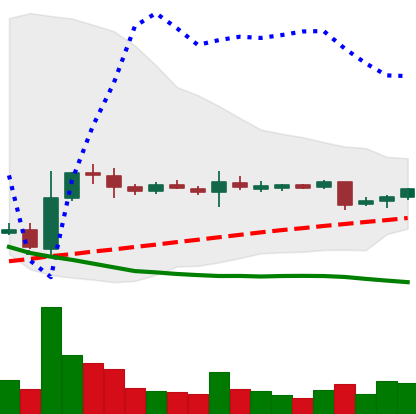
Ticker: XRP-USD
Chart end date: 2018-11-01
Forward return: 20.486%
Label: up_7plus